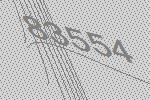
83554